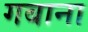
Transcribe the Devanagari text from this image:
गबाना